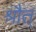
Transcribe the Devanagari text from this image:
श्रौत्